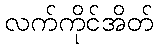
လက်ကိုင်အိတ်